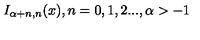
I _ { \alpha + n , n } ( x ) , n = 0 , 1 , 2 . . . , \alpha > - 1